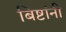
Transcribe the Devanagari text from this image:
बिष्टांनी